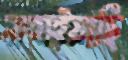
নাহাইয়াছি